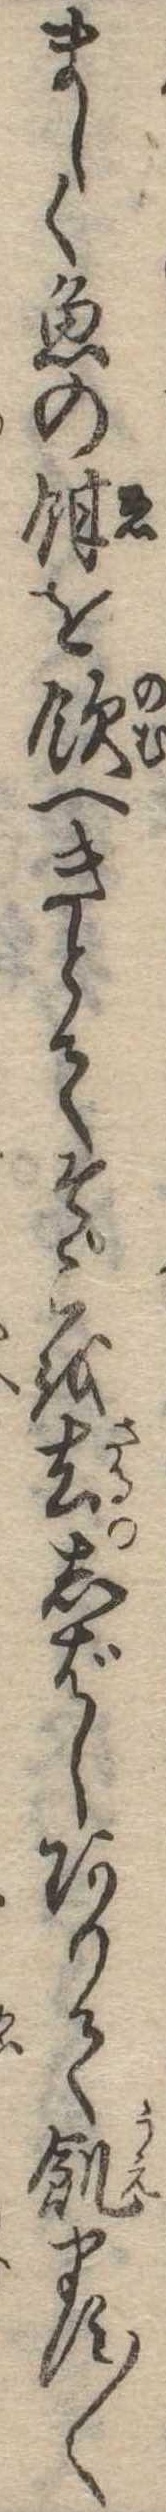
ましく魚の餌を飲へきとてそこを去しばしありて飢ます〱